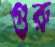
গুরু